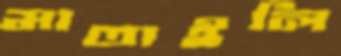
মাতাইলি